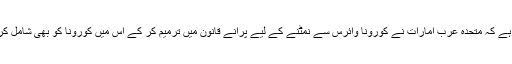
واضح رہے کہ متحدہ عرب امارات نے کورونا وائرس سے نمٹنے کے لیے پرانے قانون میں ترمیم کر کے اس میں کورونا کو بھی شامل کر لیا ہے۔